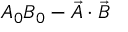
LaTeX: A _ { 0 } B _ { 0 } - { \vec { A } } \cdot { \vec { B } }